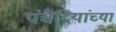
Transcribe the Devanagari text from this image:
पंचेंद्रियांच्या